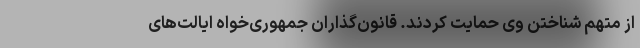
از متهم شناختن وی حمایت کردند. قانون‌گذاران جمهوری‌خواه ایالت‌های